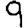
Digit: 9